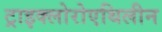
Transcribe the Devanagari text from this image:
ट्राइक्लोरोएथिलीन